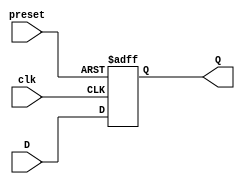
module async_preset_DFF (
    input D,
    input preset,
    input clk,
    output reg Q
);

always @ (posedge clk or posedge preset)
begin
    if (preset)
        Q <= 1'b1;
    else
        Q <= D;
end

endmodule